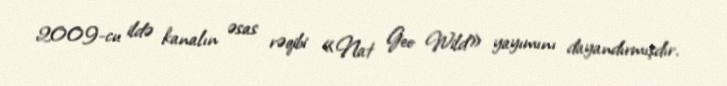
2009-cu ildə kanalın əsas rəqibi «Nat Geo Wild» yayımını dayandırmışdır.